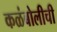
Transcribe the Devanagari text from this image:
कळंबोलीची